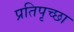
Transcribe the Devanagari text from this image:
प्रतिपृच्छा